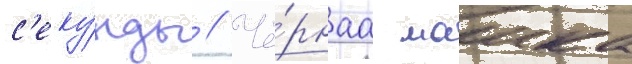
с'еку́нды // Чё́рнаа маика